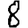
Digit: 8